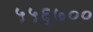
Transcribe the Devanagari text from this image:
५५६७००